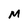
Character: M